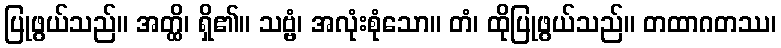
ပြုဖွယ်သည်။ အတ္ထိ၊ ရှိ၏။ သဗ္ဗံ၊ အလုံးစုံသော။ တံ၊ ထိုပြုဖွယ်သည်။ တထာဂတဿ၊